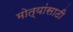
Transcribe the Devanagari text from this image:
मोत्यांसाठी